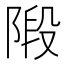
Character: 𨺣